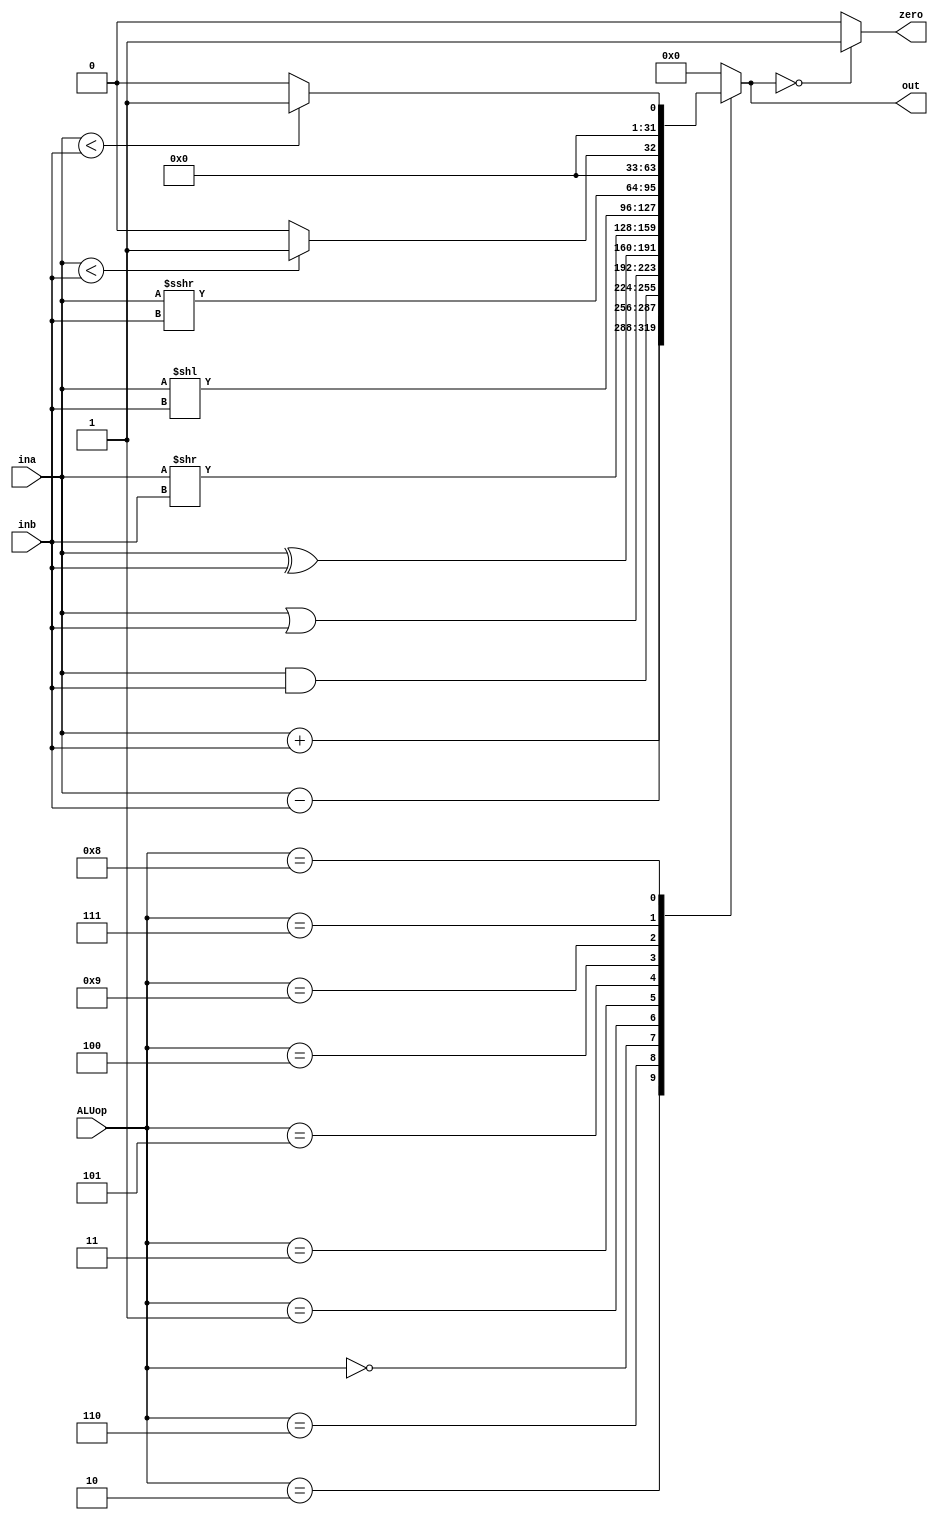
`timescale 1ns / 1ps
module ALU(ALUop, ina, inb, zero, out);

input [3:0] ALUop;
input [31:0] ina, inb;
output zero;
output reg [31:0] out;

    always@(*) begin
    case(ALUop)
        
        4'b0010: out <= ina + inb; //add
        4'b0110: out <= ina - inb; //sub
        4'b0000: out <= ina & inb; //and
        4'b0001: out <= ina | inb; //or
        4'b0011: out <= ina ^ inb; //xor
        4'b0101: out <= ina >> inb; //srl
        4'b0100: out <= ina << inb; //sll
        4'b1001: out <= ina >>> inb; //sra (shiftare aritmetica)
        4'b0111: out <= (ina < inb) ? 32'b1 : 32'b0; //sltu, bltu, bgeu
        4'b1000: out <= ($signed(ina) < $signed(inb)) ? 32'b1 : 32'b0; //blt, bge
        default: out <= 32'b0; 
    endcase
  end
  
  assign zero=(out==32'b0)? 1 : 0;
  
endmodule